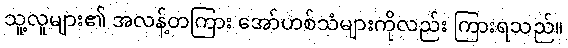
သူ့လူများ၏ အလန့်တကြား အော်ဟစ်သံများကိုလည်း ကြားရသည်။